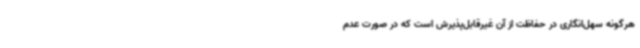
هرگونه سهل‌انگاری در حفاظت از آن غیرقابل‌پذیرش است که در صورت عدم